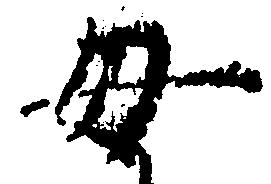
母